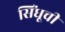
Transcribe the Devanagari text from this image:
सिंधूची